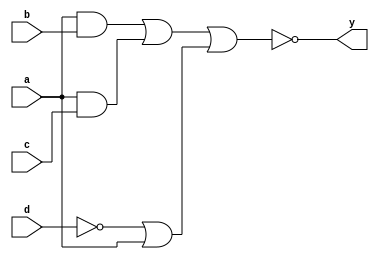
module combi_ckt (a, b, c, d, y);
 

    input a, b, c, d;
    output y;

    assign y = (!( ( (a && b) || (a && c))  || ( (c || (!c)) && ((!d) || (a)) ) ));

endmodule